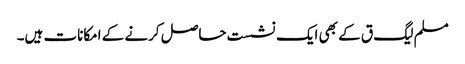
مسلم لیگ ق کے بھی ایک نشست حاصل کرنے کے امکانات ہیں۔